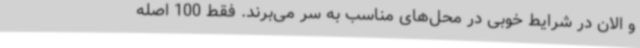
و الان در شرایط خوبی در محل‌های مناسب به سر می‌برند. فقط 100 اصله